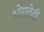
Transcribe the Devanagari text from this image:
भोगलेली